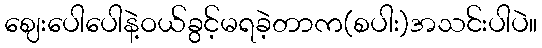
ဈေးပေါပေါနဲ့ဝယ်ခွင့်မရခဲ့တာက(စပါး)အသင်းပါပဲ။